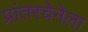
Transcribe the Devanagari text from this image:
प्रांतरचेनेला